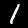
Digit: 1